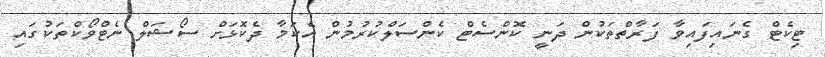
ޓިކެޓް ގެނައިފައިވާ ފަރާތްތަކުން ދަނީ ކޮންސެޓް ކެންސަލްކުރުމުން އެކަމާ ދެކޮޅަށް ސޯޝަލް ނެޓްވޯކްތަކުގައި